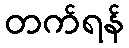
တက်ရန်